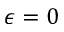
\epsilon = 0